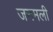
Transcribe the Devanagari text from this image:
जनमली